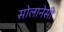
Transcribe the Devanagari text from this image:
सोलानेसी